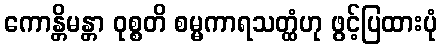
ကောန္တိမန္တာ ဝုစ္စတိ စမ္မကာရသတ္ထံဟု ဖွင့်ပြထားပုံ